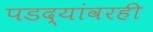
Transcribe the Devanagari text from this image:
पडद्यांवरही